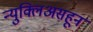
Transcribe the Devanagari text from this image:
न्युक्लिअसहून